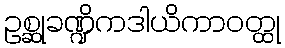
ဥစ္ဆုခဏ္ဍိကဒါယိကာဝတ္ထု